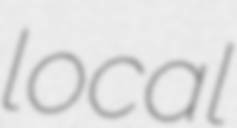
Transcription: local